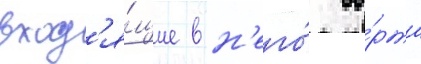
вход'я́щие в н'его́ со́рта